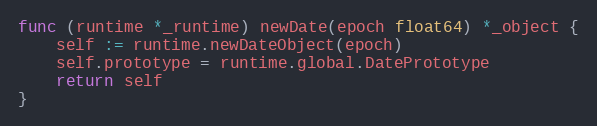
Language: Go
func (runtime *_runtime) newDate(epoch float64) *_object {
	self := runtime.newDateObject(epoch)
	self.prototype = runtime.global.DatePrototype
	return self
}